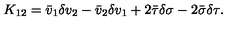
K _ { 1 2 } = \bar { v } _ { 1 } \delta v _ { 2 } - \bar { v } _ { 2 } \delta v _ { 1 } + 2 \bar { \tau } \delta \sigma - 2 \bar { \sigma } \delta \tau .